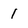
Character: 1